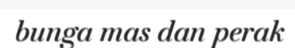
bunga mas dan perak